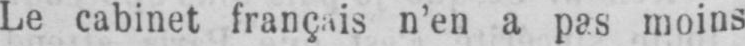
Le cabinet français n’en a pas moins